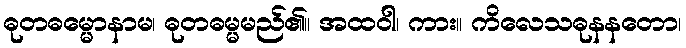
ဓုတဓမ္မောနာမ၊ ဓုတဓမ္မမည်၏။ အထဝါ၊ ကား။ ကိလေသဓုနနတော၊